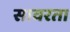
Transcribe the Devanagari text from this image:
सावरता